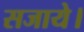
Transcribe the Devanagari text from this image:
सजाये।